Report on the cultivation and use of ganja
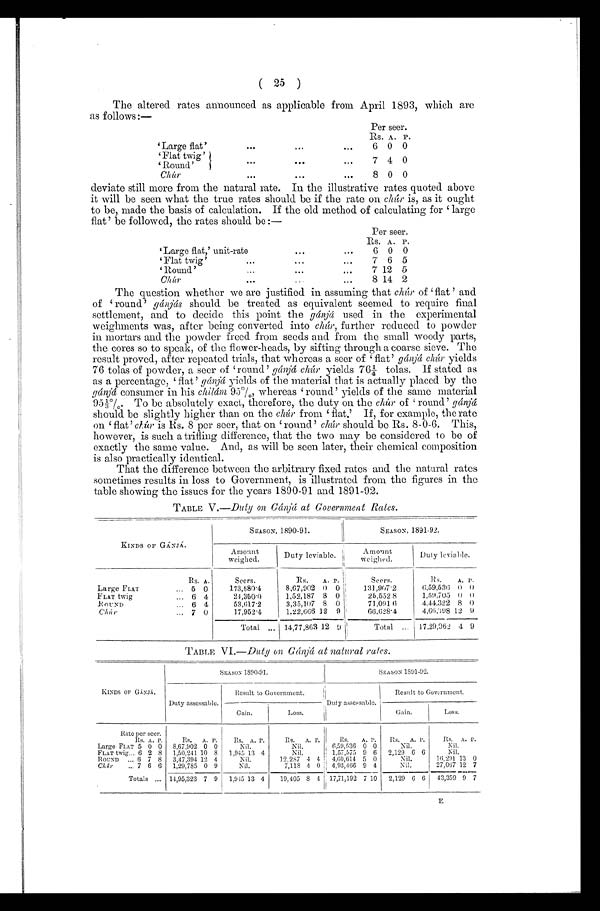
( 25 )
The altered rates announced as applicable from April 1893, which are
as follows :—
Per seer.
Rs. A. P.
Large flat'
. . .
6 0 0
Flat twig'
7 4 0
. . .
Round'
chúr
. . .
8 0 0
deviate still more from the natural rate. In the illustrative rates quoted above
it will be seen what the true rates should be if the rate on chúr is, as it ought
to be, made the basis of calculation. If the old method of calculating for ‘ large
flat' be followed, the rates should be :—
Per seer.
Large flat,' unit-rate. . .
Rs. A. P.
Flat twig'
. . .
7 6 5
Round'. . .
7 12 5
c h ú r . . .
8
1 4
2
The question whether we are justified in assuming that chúr of 'flat ' and
of round' gánjás should be treated as equivalent seemed to require final
settlement, and to decide this point the gánjá used in the experimental
weighments was, after being converted into chúr, further reduced to powder
in mortars and the powder freed from seeds and from the small woody parts,
the cores so to speak, of the flower-heads, by sifting through a coarse sieve. The
result proved, after repeated trials, that whereas a seer of 'flat' gánjá chúr . yields
76 tolas of powder, a seer of `round' gánjá chúr yields 76¼ tolas. If stated as
as a percentage, ‘flat'g á n j á
y i e l d s o f t h e m a t e r i a l t h a t i s a c t u a l l y p l a c e d b y t h e
gánjá consumer in his chilám 95%, wher eas ‘ r ound' yi el ds of t he s ame mat er i al
95⅓%. To be absolutely exact, therefore, the duty on the chúr of ' round'g á n j á
should be slightly higher than on the chúr f r o m ‘ f l a t . ' I f , f o r e x a mp l e , t h e r a t e
on ‘flat'c h ú r
i s R s . 8 p e r s e e r , t h a t o n ' r o u n d 'c
h ú r
s h o u l d b e R s . 8 - 0 - 6 . T h i s ,
however, is such a trifling difference, that the two may be considered to be of
exactly the same value. And, as will be seen later, their chemical composition
is also practically identical.
That the difference between the arbitrary fixed rates and the natural rates
sometimes results in loss to Government, is illustrated from the figures in the
table showing the issues for the years 1890-91 and 1891-92.
TABLE V .—Duty on Gánjá at Government Rates.
KINDS OF GÁNJÁ.
SEASON, 1890-91.
SEASON, 1891-92.
Amount
weighed.
Duty leviable.
Amount
weighed.
Duty leviable.
Rs. A.
Seers.
Rs.
A. P.
Seers.
Rs.
A. p.
Large FLAT
. . . 5 0
173,580.4
8,67,902 0 0
131,90.'2
6,59,536 0 0
FLAT twig
. . . 6 4
24,350.0
1,52,187 8 0
25,552.8
1,59,705 0 0
.ROUND
. . . 6 4
53,617.2
3,35,107 8 0
71,091.6
4,44,322 8 0
Chúr .
.
. 7 0
17,952.4
1,22,666 12 9
66,628.4
4,60,398 12 9
Total
. . . 14,77,863 12
Total
. . .
17,29,962 4 9
TABLE VI.—Duty on Gánjá at natural rates.
KINDS OF GÁNJÁ.
SEASON 1890-91.
SEASON 1891-92.
Duty assessable.
Result to Government.
Duty assessable.
Result to Government.
Gain.
Loss.
Gain.
Loss.
Rate per seer.
Rs. A. P.
Rs. A. P.
Rs. A. P.
RS. A. P.
Rs.
A. P.
Rs. A. P.
Rs. A. p.
Large FLAT. . .5 0 0 8,67,902 0 0
Nil.
Nil.
6 , 5 9 , 5 3 6 0 0
Nil.
Nil.
FLAT twig. . .6 2 8 1,50,241 10 8 1,945 1:3 4
Nil.
1,57,575 9 6 2,129 6 6
Nil.
ROUND. . .
6 7 8 3,47,394 12 4
Nil.
12,287 4 4 , 4,60,614 5 0
Nil.
16,291 13 0
Chúr . . . 7 6 6
1,29,785 0 9
Nil.
7,118 4 0
.
, 4,93,466 9 4
Nil.
27,067 12 7
Totals
. . . 14,95,323 7 9
1,945 13 4
19,405 8 4 17,71,192 7 10 2,129 6 6
43,359 9 7